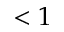
< 1